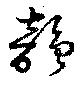
韻